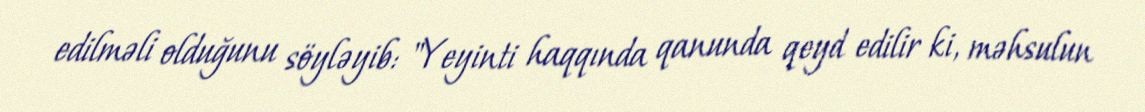
edilməli olduğunu söyləyib: "Yeyinti haqqında qanunda qeyd edilir ki, məhsulun